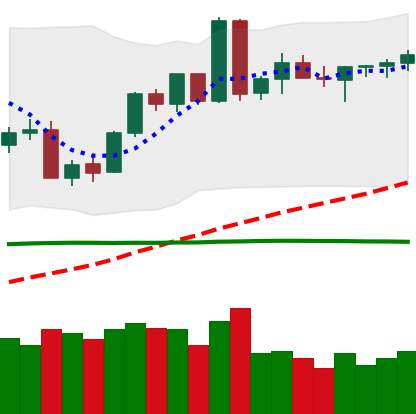
Ticker: BTC-USD
Chart end date: 2020-06-10
Forward return: -4.249%
Label: down_3_5